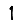
Digit: 1